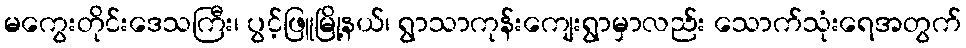
မကွေးတိုင်းဒေသကြီး၊ ပွင့်ဖြူမြို့နယ်၊ ရွာသာကုန်းကျေးရွာမှာလည်း သောက်သုံးရေအတွက်